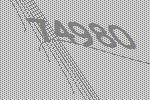
74980